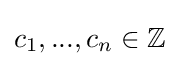
c_{1},...,c_{n}\in \mathbb {Z}